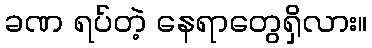
ခဏ ရပ်တဲ့ နေရာတွေရှိလား။